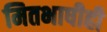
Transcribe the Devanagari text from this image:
मितभाषीही